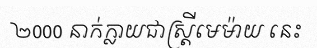
២000 នាក់ក្លាយជាស្ត្រីមេម៉ាយ នេះ